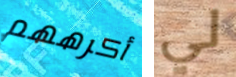
أكرههم لي